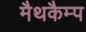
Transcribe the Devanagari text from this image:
मैथकैम्प